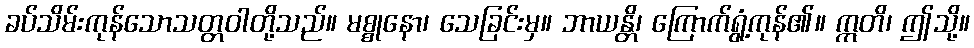
ခပ်သိမ်းကုန်သောသတ္တဝါတို့သည်။ မစ္စုနော၊ သေခြင်းမှ။ ဘာယန္တိ၊ ကြောက်ရွံ့ကုန်၏။ ဣတိ၊ ဤသို့။